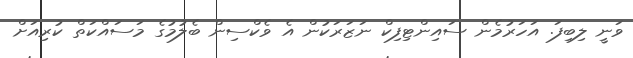
ވަނީ ލިބިފަ. އަހަރުމެން ސައިންޓިފިކް ނަޒަރަކުން އެ ވެކްސިން ބެލުމުގެ މަސައްކަތް ކުރިއަށް